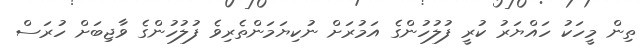
ތިން މީހަކު ހައްޔަރު ކުރީ ފުލުހުންގެ އަމުރަށް ނުކިޔަމަންތެރިވެ ފުލުހުންގެ ވާޖިބަށް ހުރަސް